Annual report on the health of the army in India
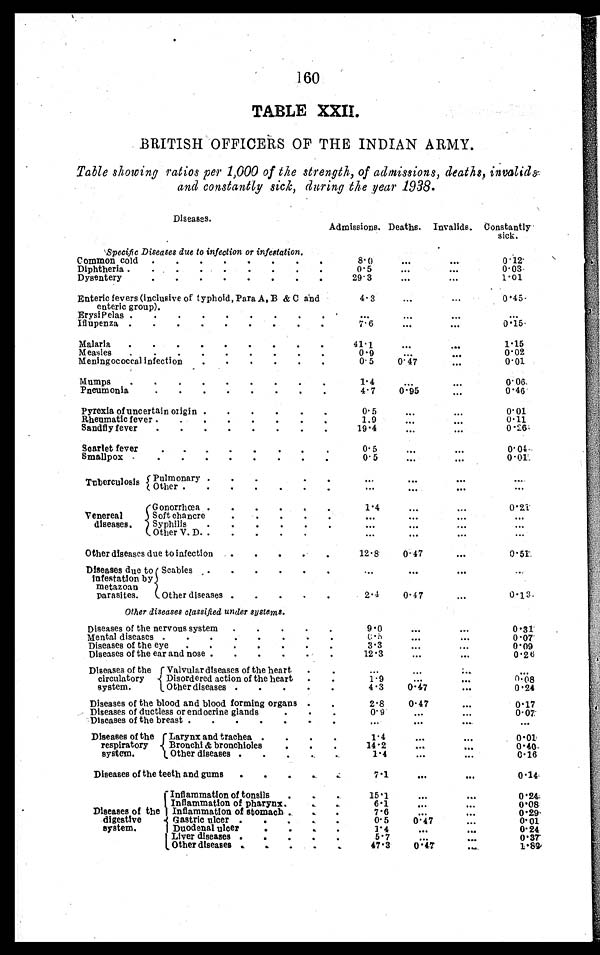
160
TABLE XXII.
BRITISH OFFICERS OF THE INDIAN ARMY.
Table showing ratios per 1,000 of the strength, of admissions, deaths, invalids,
and constantly sick, during the year 1938.
Diseases.
Admissions. Deaths. Invalids. Constantly
sick.
Specific Diseases due to infection or infestation.
Common cold . . .
8.0
. . .
. . .
0 . 1 2
Diphtheria . . .
0.5
. . .
. . .
0.03
Dysentery . . .
29.3
. . .
. . .
1.01
Enteric fevers (inclusive of (typhoid, Para A, B &C and
enteric group).
4.3
. . .
. . .
0.45
Erysi Pelas . . .
. . .
. . .
. . .
. . .
Iflupenza . . .
7.6
. . .
. . .
0.15
Malaria . . .
41.1
. . . . . .
1.15
Measles . . .
0.9
. . .
. . .
0.02
Meningococcal Infection . . . 0.5 0.47 . . .
0.01
Mumps . . .
1.4
. . .
. . .
0.06
Pneumonia . . .
4.7
0.95
. . .
0.46
Pyrexia of uncertain origin . . .
0.5
. . .
. . .
0 . 0 1
Rheumatic fever . . .
1.9
. . .
. . .
0.11
Sandfly fever . . .
19.4
. . .
. . .
0.26
Scarlet fever . . .
0.5
. . .
. . .
0 . 0 4
Smallpox . . .
0.5
. . .
. . .
0.01
Tuberculosis Pulmonary . . .
. . .
. . .
. . .
. . .
Other . . .
. . .
. . . . . .
. . .
Venereal
diseases.
Gonorrhœa . . .
1.4
. . .
. . .
0.21
Soft chancre . . .
. . .
. . .
. . .
. . .
Syphilis . . .
. . .
. . .
. . .
. . .
Other V. D. . . .
. . .
. . .
. . .
. . .
Other diseases due to infection . . .
12.8
0 . 4 7
. . .
0.51
Diseases due to
infestation by
metazoan
parasites.
Scabies . . .
. . .
. . .
. . .
. . .
Other diseases . . .
2.4
0.47
. . .
0.13
Other diseases classified under systems.
Diseases of the nervous system . . .
9.0
. . .
. . .
0.31
Mental diseases . . .
0 . 5
. . .
. . .
0.07
Diseases of the eye . . .
3.3
. . .
. . .
0.09
Diseases of the ear and nose . . .
12.3
. . .
. . .
0.26
Diseases of the
circulatory
system.
Valvular diseases of the heart . . .
. . .
. . .
. . .
. . .
Disordered action of the heart . . .
1.9
. . . . . .
0.08
Other diseases . . .
4.3
0.47
. . .
0.24
Diseases of the blood and blood forming organs . . .
2.8
0.47
. . .
0.17
Diseases of ductless or endocrine glands . . .
0.9
. . . . . .
0.07
Diseases of the breast . . .
. . .
. . .
. . .
. . .
Diseases of the
respiratory
system.
Larynx and trachea . . .
1.4
. . .
. . .
0 . 0 1
Bronchi & bronchioles . . .
14.2
. . . . . .
0.40
Other diseases . . .
1.4
. . . . . .
0.16
Diseases of the teeth and gums . . .
7.l
. . .
. . .
0.14
Diseases of the
digestive
system.
Inflammation of tonsils . . .
15.1
. . .
. . .
0.24
Inflammation of pharynx . . .
6.1
. . . . . .
0.08
Inflammation of stomach . . .
7.6
. . . . . .
0.29
Gastric ulcer . . .
0.5
0.47
. . .
0.01
Duodenal ulcer . . .
1.4
. . . . . .
0.24
Liver diseases . . .
5.7
. . . . . .
0.37
Other diseases . . .
47.3
0.47
. . .
1.89